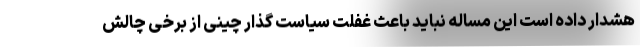
هشدار داده است این مساله نباید باعث غفلت سیاست گذار چینی از برخی چالش